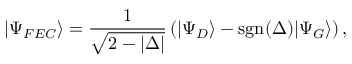
| \Psi _ { F E C } \rangle = \frac { 1 } { \sqrt { 2 - | \Delta | } } \left( | \Psi _ { D } \rangle - \mathrm { s g n } ( \Delta ) | \Psi _ { G } \rangle \right) ,